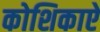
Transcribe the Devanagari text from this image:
कोशिकाऐ